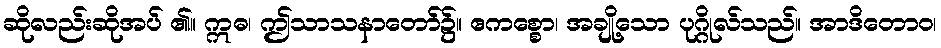
ဆိုလည်းဆိုအပ် ၏။ ဣဓ၊ ဤသာသနာတော်၌။ ဧကစ္စော၊ အချို့သော ပုဂ္ဂိုလ်သည်။ အာဒိတောဝ၊